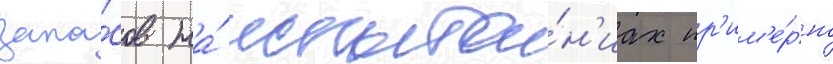
запа́сов на́ испыта́н'иах пр'им'е́рно